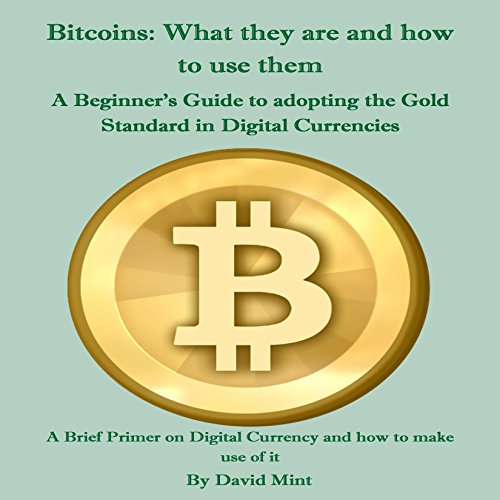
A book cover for Bitcoins: What They Are and How to Use Them; David Mint; Computers & Technology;